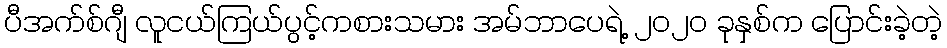
ပီအက်စ်ဂျီ လူငယ်ကြယ်ပွင့်ကစားသမား အမ်ဘာပေရဲ့ ၂၀၂၀ ခုနှစ်က ပြောင်းခဲ့တဲ့